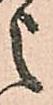
之